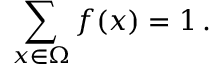
\sum _ { x \in \Omega } f ( x ) = 1 \, .